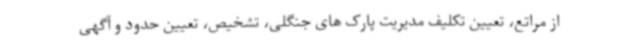
از مراتع، تعیین تکلیف مدیریت پارک های جنگلی، تشخیص، تعیین حدود و آگهی